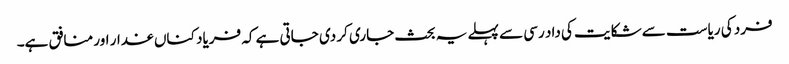
فرد کی ریاست سے شکایت کی داد رسی سے پہلے یہ بحث جاری کر دی جاتی ہے کہ فریاد کناں غدار اور منافق ہے۔